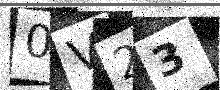
Text: 0V23